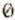
0